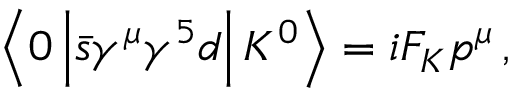
\left< 0 \left| \bar { s } \gamma ^ { \mu } \gamma ^ { 5 } d \right| K ^ { 0 } \right> = i F _ { K } p ^ { \mu } \, ,